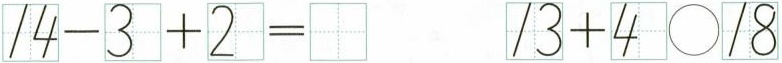
$$1 4 - 3 + 2 =$$ $$1 3 + 4 \bigcirc 1 8$$